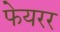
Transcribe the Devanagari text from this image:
फेयरर